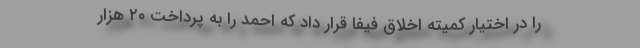
را در اختیار کمیته اخلاق فیفا قرار داد که احمد را به پرداخت ۲۰ هزار